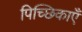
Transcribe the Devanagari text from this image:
पिच्छिकाएँ